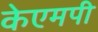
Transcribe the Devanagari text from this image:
केएमपी